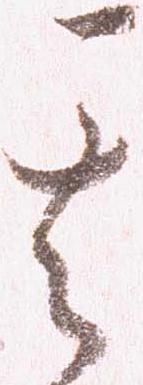
其